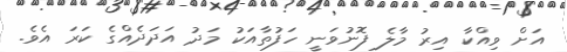
އަށް ވިއްކާ އިރު މާލެ ފޮނުވަނީ ހަފުތާއަކު މަދު އަދަދެއްގެ ކަރަ އެވެ.